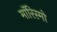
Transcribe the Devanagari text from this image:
मॉरिस्मो